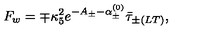
F _ { w } = \mp \kappa _ { 5 } ^ { 2 } e ^ { - A _ { \pm } - \alpha _ { \pm } ^ { ( 0 ) } } \bar { \tau } _ { \pm ( L T ) } ,